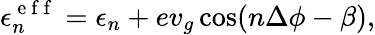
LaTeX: \epsilon_{n}^{\mathrm{~e~f~f~}}=\epsilon_{n}+ev_{g}\cos(n\Delta\phi-\beta),